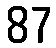
87